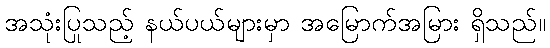
အသုံးပြုသည့် နယ်ပယ်များမှာ အမြောက်အမြား ရှိသည်။